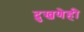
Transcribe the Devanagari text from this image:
दुखणेही